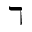
\daleth